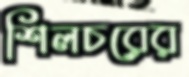
শিলচরের